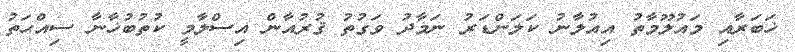
ޚަބަރާއި މައުލޫމާތު އިއުލާނު ކަލަންޑަރު ނަމާދު ވަގުތު ޤުރުއާން އިސްލާމީ ކުތުބުޚާނާ ސިއްޙަތު